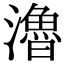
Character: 瀂